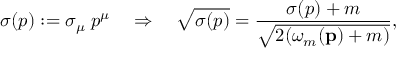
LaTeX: \sigma ( p ) : = \sigma _ { \mu } \; p ^ { \mu } \quad \Rightarrow \quad \sqrt { \sigma ( p ) } = \frac { \sigma ( p ) + m } { \sqrt { 2 ( \omega _ { m } { ( { \bf p } ) + m ) } } } ,